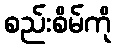
စည်းစိမ်ကို